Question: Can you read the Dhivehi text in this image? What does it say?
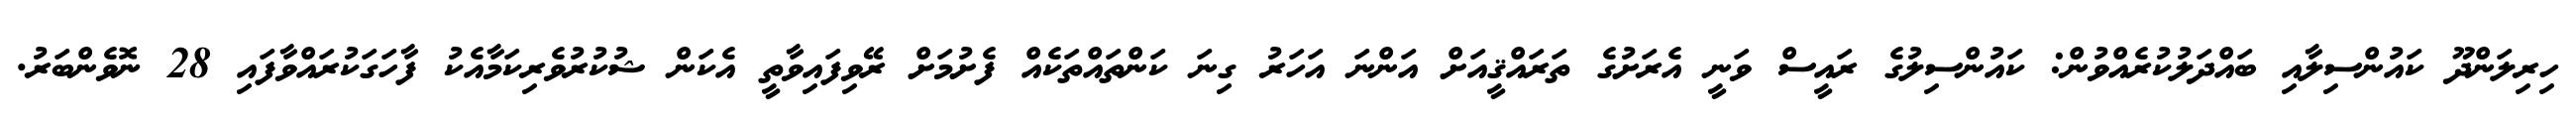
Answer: ހިރިލަންދޫ ކައުންސިލާއި ބައްދަލުކުރެއްވުން: ކައުންސިލުގެ ރައީސް ވަނީ އެރަށުގެ ތަރައްޤީއަށް އަންނަ އަހަރު ގިނަ ކަންތައްތަކެއް ފެށުމަށް ރޭވިފައިވާތީ އެކަން ޝުކުރުވެރިކަމާއެކު ފާހަގަކުރައްވާފައި 28 ނޮވެންބަރު.